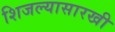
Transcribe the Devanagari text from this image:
शिजल्यासारखी